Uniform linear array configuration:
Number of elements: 4
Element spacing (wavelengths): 1
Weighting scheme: blackman
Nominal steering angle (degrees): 15
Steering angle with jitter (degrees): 15.799
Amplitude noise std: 0.05
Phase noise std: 0.05

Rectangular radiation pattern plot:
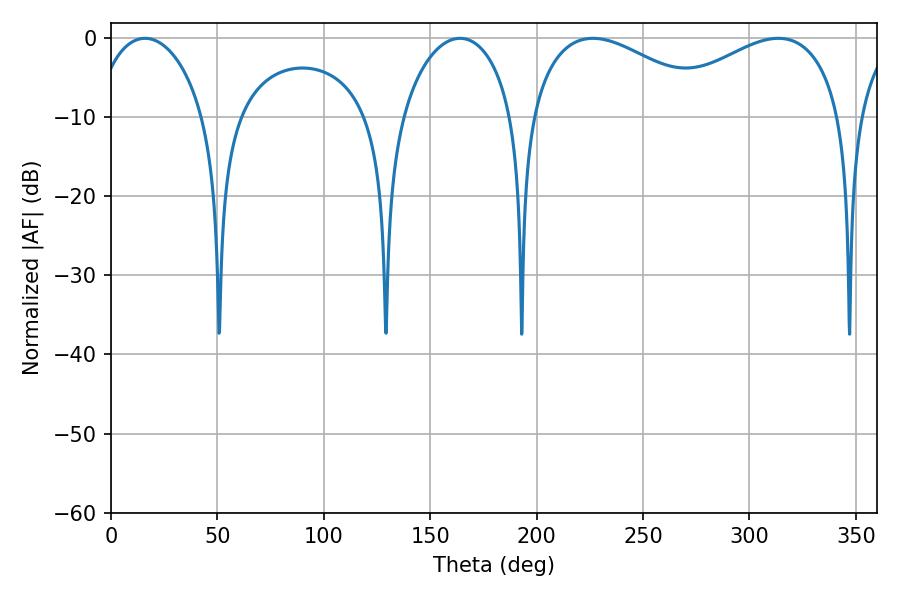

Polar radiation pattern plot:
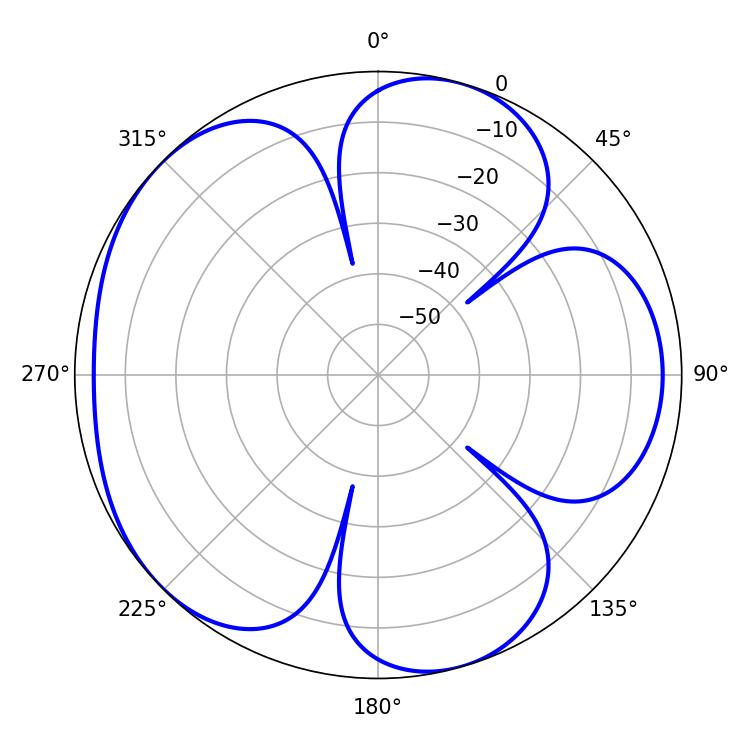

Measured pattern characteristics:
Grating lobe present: TRUE
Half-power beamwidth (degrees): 48.6
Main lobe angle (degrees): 226.44